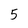
Character: 5